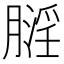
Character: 𪱬